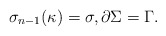
\begin{align*}\sigma_{n-1}(\kappa)=\sigma,\partial\Sigma=\Gamma.\end{align*}